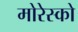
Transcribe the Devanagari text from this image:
मोरेस्को